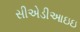
સીએડીઆઇઇ